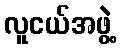
လူငယ်အဖွဲ့